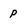
Character: p